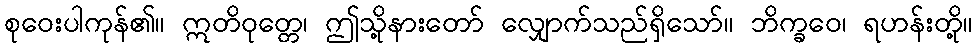
စုဝေးပါကုန်၏။ ဣတိဝုတ္တေ၊ ဤသို့နားတော် လျှောက်သည်ရှိသော်။ ဘိက္ခဝေ၊ ရဟန်းတို့။